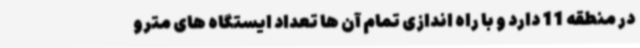
در منطقه 11 دارد و با راه اندازی تمام آن ها تعداد ایستگاه های مترو